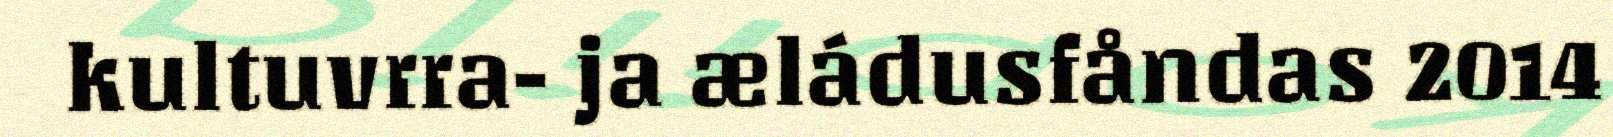
kultuvrra- ja æládusfåndas 2014